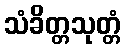
သံခိတ္တသုတ္တံ